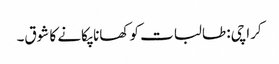
کراچی: طالبات کو کھانا پکانے کا شوق۔